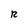
Character: R